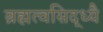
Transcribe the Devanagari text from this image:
ब्रह्मत्वसिद्ध्यै